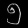
Digit: ၅